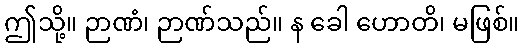
ဤသို့။ ဉာဏံ၊ ဉာဏ်သည်။ န ခေါ ဟောတိ၊ မဖြစ်။